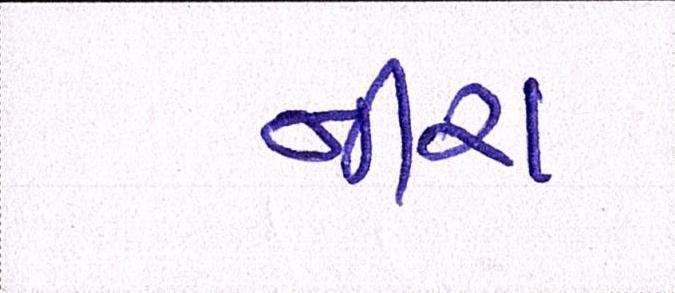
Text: નીરા